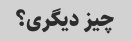
چیز دیگری؟